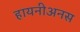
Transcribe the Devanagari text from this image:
हायनीअनस